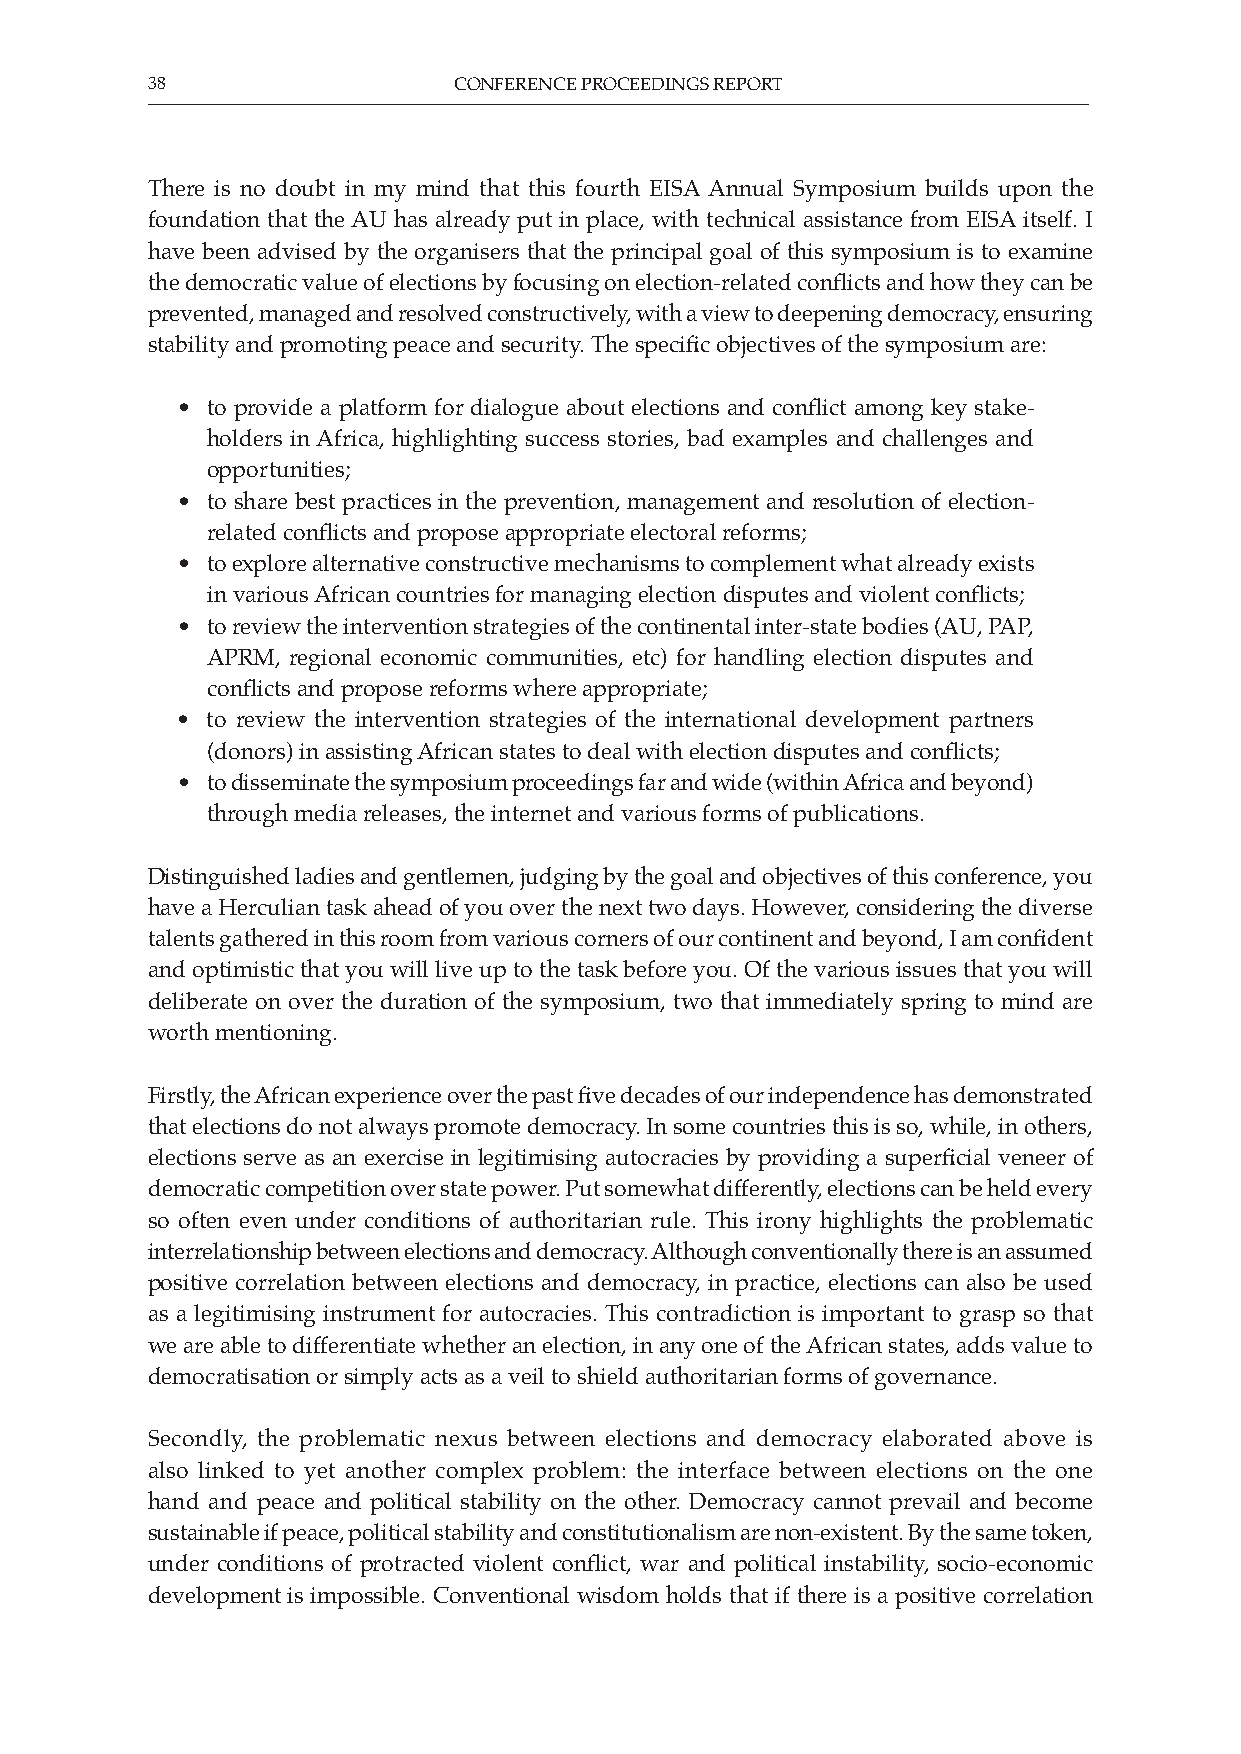
38                  CONFERENCE PROCEEDINGS REPORT
 There is no doubt in my mind that this fourth EISA Annual Symposium builds upon the
 foundation that the AU has already put in place, with technical assistance from EISA itself. I
 have been advised by the organisers that the principal goal of this symposium is to examine
 the democratic value of elections by focusing on election-related conflicts and how they can be
 prevented, managed and resolved constructively, with a view to deepening democracy, ensuring
 stability and promoting peace and security. The specific objectives of the symposium are:
 • to provide a platform for dialogue about elections and conflict among key stake-
 holders in Africa, highlighting success stories, bad examples and challenges and
 opportunities;
 • to share best practices in the prevention, management and resolution of election-
 related conflicts and propose appropriate electoral reforms;
 • to explore alternative constructive mechanisms to complement what already exists
 in various African countries for managing election disputes and violent conflicts;
 • to review the intervention strategies of the continental inter-state bodies (AU, PAP,
 APRM, regional economic communities, etc) for handling election disputes and
 conflicts and propose reforms where appropriate;
 • to review the intervention strategies of the international development partners
 (donors) in assisting African states to deal with election disputes and conflicts;
 • to disseminate the symposium proceedings far and wide (within Africa and beyond)
 through media releases, the internet and various forms of publications.
 Distinguished ladies and gentlemen, judging by the goal and objectives of this conference, you
 have a Herculian task ahead of you over the next two days. However, considering the diverse
 talents gathered in this room from various corners of our continent and beyond, I am confident
 and optimistic that you will live up to the task before you. Of the various issues that you will
 deliberate on over the duration of the symposium, two that immediately spring to mind are
 worth mentioning.
 Firstly, the African experience over the past five decades of our independence has demonstrated
 that elections do not always promote democracy. In some countries this is so, while, in others,
 elections serve as an exercise in legitimising autocracies by providing a superficial veneer of
 democratic competition over state power. Put somewhat differently, elections can be held every
 so often even under conditions of authoritarian rule. This irony highlights the problematic
 interrelationship between elections and democracy. Although conventionally there is an assumed
 positive correlation between elections and democracy, in practice, elections can also be used
 as a legitimising instrument for autocracies. This contradiction is important to grasp so that
 we are able to differentiate whether an election, in any one of the African states, adds value to
 democratisation or simply acts as a veil to shield authoritarian forms of governance.
 Secondly, the problematic nexus between elections and democracy elaborated above is
 also linked to yet another complex problem: the interface between elections on the one
 hand and peace and political stability on the other. Democracy cannot prevail and become
 sustainable if peace, political stability and constitutionalism are non-existent. By the same token,
 under conditions of protracted violent conflict, war and political instability, socio-economic
 development is impossible. Conventional wisdom holds that if there is a positive correlation